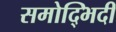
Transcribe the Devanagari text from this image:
समोद्भिदी